Document type: Sale
Year: 1423
Scribe: Joan Franc
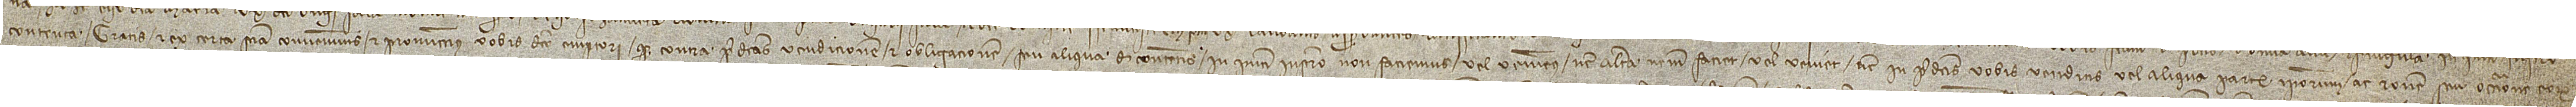
contenta, gratis et ex certa sciencia convenimus et promittimus vobis dicto emptori quod contra predictas vendicionem et obligacionem seu aliqua de contentis in presenti instrumento non faciemus vel veniemus nec altera nostrum faciet vel veniet nec in predictis vobis venditis vel aliqua parte ipsorum ac ratione seu occasione eorum